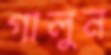
গালুন